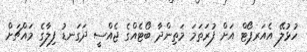
ހުޅުލޭ އެއަރޕޯޓް އަށް ފުރަތަމަ މަތިންދާ ބޯޓެއްގެ ޖެއްސީ ދަގަނޑު ފިލާގެ މައްޗަށް